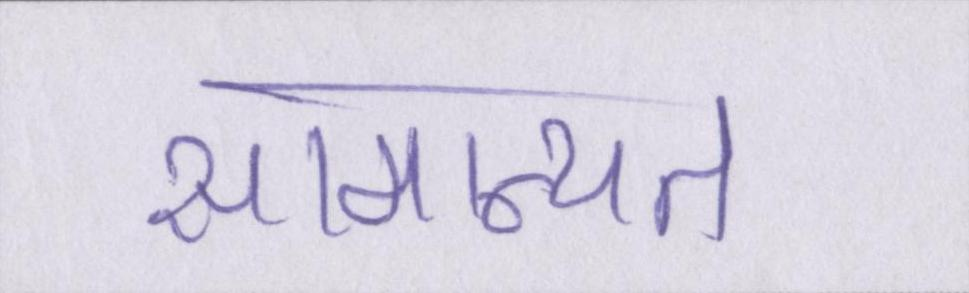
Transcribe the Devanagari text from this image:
सामान्यत